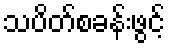
သပိတ်စခန်းဖွင့်